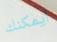
أيمكنك